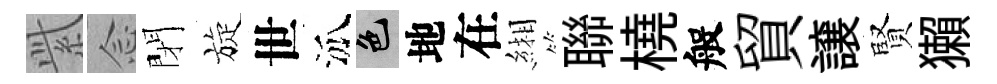
𬗋𫝹閉旋世泒色地在緗聯橈般貿譲賢獺